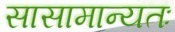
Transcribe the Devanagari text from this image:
सासामान्यतः